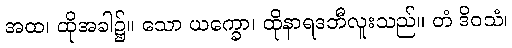
အထ၊ ထိုအခါ၌။ သော ယက္ခော၊ ထိုနာရဒဘီလူးသည်။ တံ ဒိဝသံ၊